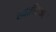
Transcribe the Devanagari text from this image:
स्थापितकर